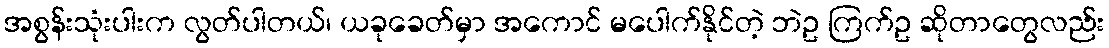
အစွန်းသုံးပါးက လွတ်ပါတယ်၊ ယခုခေတ်မှာ အကောင် မပေါက်နိုင်တဲ့ ဘဲဥ ကြက်ဥ ဆိုတာတွေလည်း